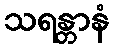
သရန္တာနံ